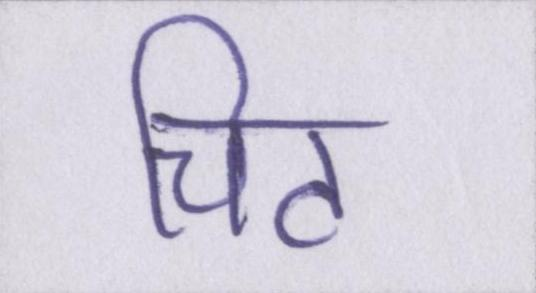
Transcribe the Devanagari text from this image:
चिट